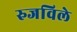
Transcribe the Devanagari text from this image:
रुजविले